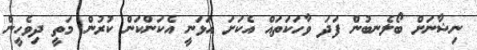
ނިޝާނަށް ބޯލެނބުން ފަދަ ވާހަކަތައް އެކަށަ އަޅަނީ އެކަންކަން ކުރުން މަތީ ދިވެހީން